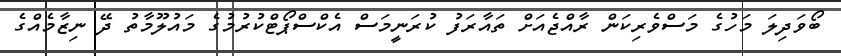
ބޯވަދިލަ މަހުގެ މަސްވެރިކަން ރާއްޖެއަށް ތައާރަފު ކުރަނީމަސް އެކްސްޕޯޓްކުރުމުގެ މައުލޫމާތު ދޭ ނިޒާމެއްގެ